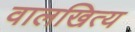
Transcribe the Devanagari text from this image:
वालखित्य